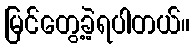
မြင်တွေ့ခဲ့ရပါတယ်။